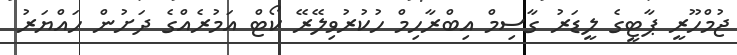
ޖުމްހޫރީ ޕާޓީގެ ލީޑަރު ގާސިމް އިބްރާހިމް ހުކުރުވިލޭރޭ ކޯޓް އަމުރެއްގެ ދަށުން ހައްޔަރު